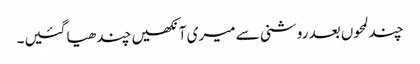
چند لمحوں بعد روشنی سے میری آنکھیں چندھیا گئیں۔